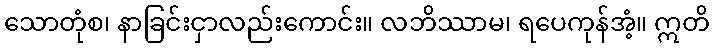
သောတုံစ၊ နာခြင်းငှာလည်းကောင်း။ လဘိဿာမ၊ ရပေကုန်အံ့။ ဣတိ